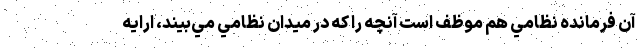
آن فرمانده نظامي هم موظف است آنچه را كه در ميدان نظامي مي‌بيند، ارايه